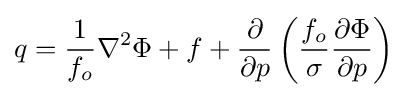
{q={{{1 \over f_{o}}{\nabla ^{2}\Phi }}+{f}+{{\partial  \over \partial p}\left({{f_{o} \over \sigma }{\partial \Phi  \over \partial p}}\right)}}}